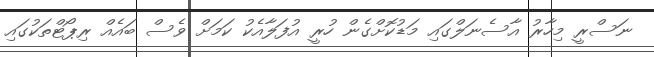
ނަސްރީ މިހާރު އާސެނަލްގައި މަޑުކޮށްގެން ހުރީ އުފަލާއެކު ކަމަށް ވެސް ބައެއް ރިޕޯޓްތަކުގައި